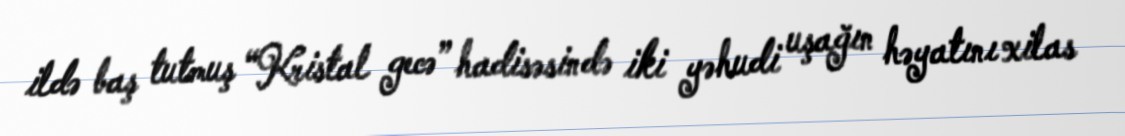
ildə baş tutmuş “Kristal gecə” hadisəsində iki yəhudi uşağın həyatını xilas